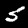
Digit: 5